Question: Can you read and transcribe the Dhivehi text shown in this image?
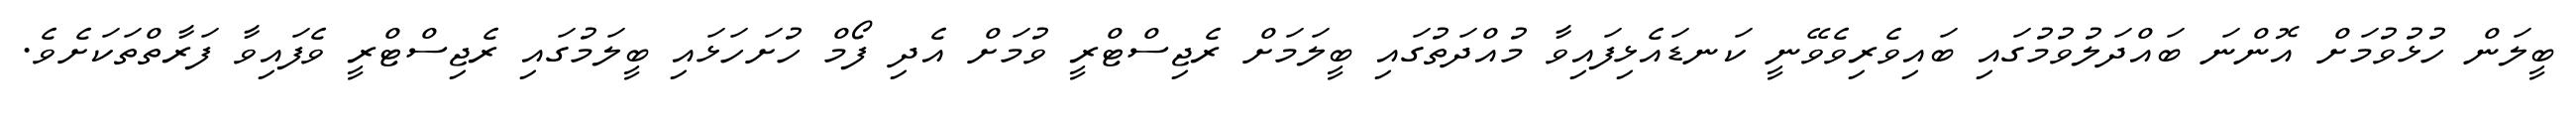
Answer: ބީލަން ހުޅުވުމަށް އޮންނަ ބައްދަލުވުމުގައި ބައިވެރިވެވޭނީ ކަނޑައެޅިފައިވާ މުއްދަތުގައި ބީލަމަށް ރެޖިސްޓްރީ ވުމަށް އެދި ފޯމް ހުށަހަޅައި ބީލަމުގައި ރެޖިސްޓްރީ ވެފައިވާ ފަރާތްތަކަށެވެ.